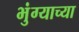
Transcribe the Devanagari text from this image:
भुंग्याच्या